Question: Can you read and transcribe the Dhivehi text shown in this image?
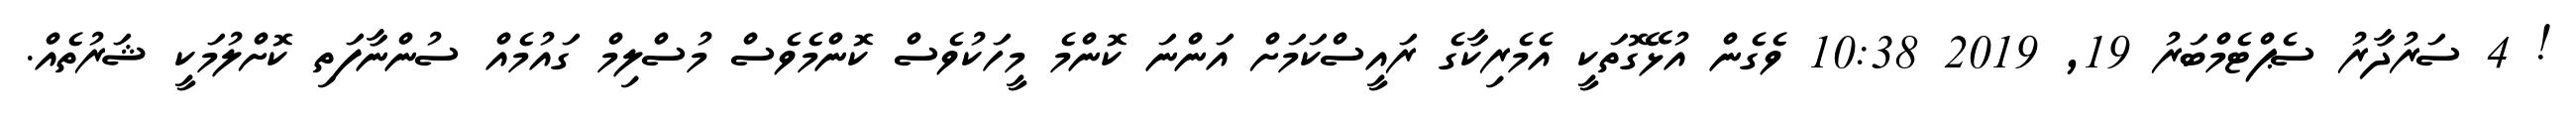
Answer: ! 4 ސަރުދާރު ސެޕްޓެމްބަރު 19, 2019 10:38 ވެގެން އުޅޭގޮތަކީ އެމެރިކާގެ ރައީސްކަމަށް އަންނަ ކޮންމެ މީހަކުވެސް ކޮންމެވެސް މުސްލިމް ގައުމެއް ސުންނާފަތި ކޮށްލުމަކީ ޝަރުތެއް.